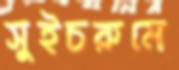
সুইচরুমে